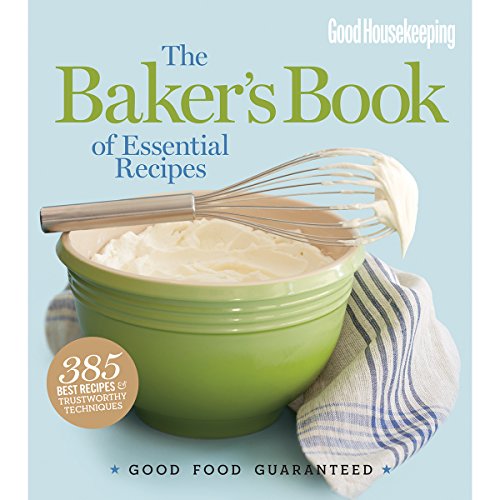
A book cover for Good Housekeeping The Baker's Book of Essential Recipes: Good Food Guaranteed; Cookbooks, Food & Wine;